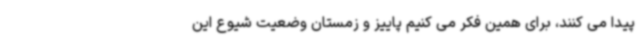
پیدا می کنند، برای همین فکر می کنیم پاییز و زمستان وضعیت شیوع این